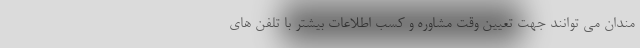
مندان می توانند جهت تعیین وقت مشاوره و کسب اطلاعات بیشتر با تلفن های